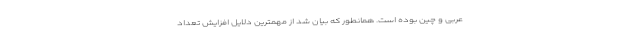
عربی و چین بوده است. همانطور که بیان شد از مهمترین دلایل افزایش تعداد